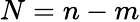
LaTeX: N=n-m